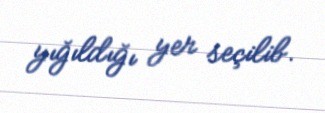
yığıldığı yer seçilib.